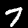
Digit: 7